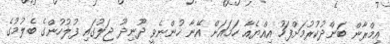
އިމްރާން ބަންދުކުރުމަށްފަހު އިއްޔެއާ ހަމައަށް އޭނާ ހުންނެވީ ދޫނިދޫ ޖަލުގައި ފުލުހުންގެ ބެލުމުގެ